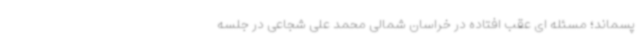
پسماند؛ مسئله ای عقب افتاده در خراسان شمالی محمد علی شجاعی در جلسه